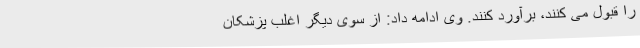
را قبول می کنند، برآورد کنند. وی ادامه داد: از سوی دیگر اغلب پزشکان